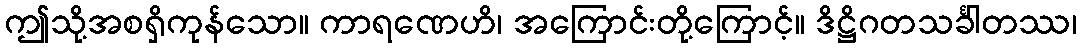
ဤသို့အစရှိကုန်သော။ ကာရဏေဟိ၊ အကြောင်းတို့ကြောင့်။ ဒိဋ္ဌိဂတသင်္ခါတဿ၊